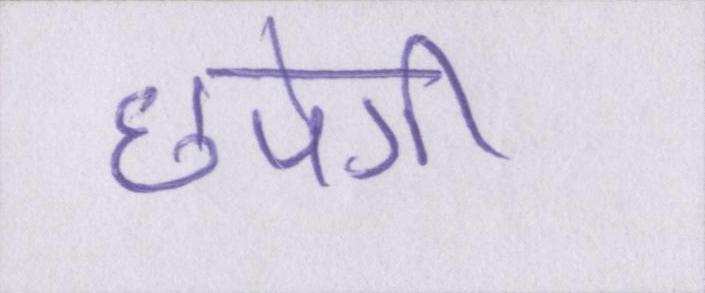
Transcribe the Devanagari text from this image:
छपेगी